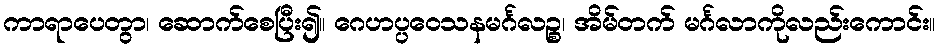
ကာရာပေတွာ၊ ဆောက်စေပြီး၍။ ဂေဟပ္ပဝေသနမင်္ဂလဉ္စ၊ အိမ်တက် မင်္ဂလာကိုလည်းကောင်း။